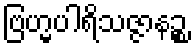
ဗြဟ္မပါရိသဇ္ဇာနဉ္စ